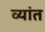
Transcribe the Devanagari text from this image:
व्यांत